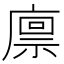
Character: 𢊬